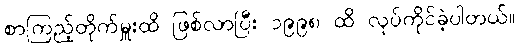
စာကြည့်တိုက်မှူးထိ ဖြစ်လာပြီး ၁၉၉၈ ထိ လုပ်ကိုင်ခဲ့ပါတယ်။